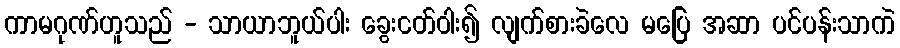
ကာမဂုဏ်ဟူသည် - သာယာဘူယ်ပါး ခွေးငတ်ဝါး၍ လျက်စားခဲလေ မပြေ အဆာ ပင်ပန်းသာကဲ